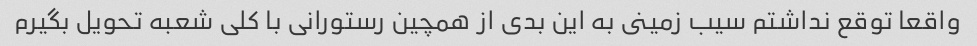
واقعا توقع نداشتم سیب زمینى به این بدى از همچین رستورانى با کلى شعبه تحویل بگیرم